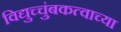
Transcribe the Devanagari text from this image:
विद्युच्चुंबकत्वाच्या